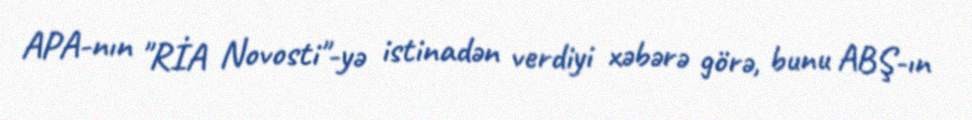
APA-nın "RİA Novosti"-yə istinadən verdiyi xəbərə görə, bunu ABŞ-ın